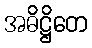
အဓိဋ္ဌိတေ